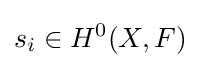
s_{i}\in H^{0}(X,F)